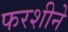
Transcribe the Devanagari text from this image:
फरशीने